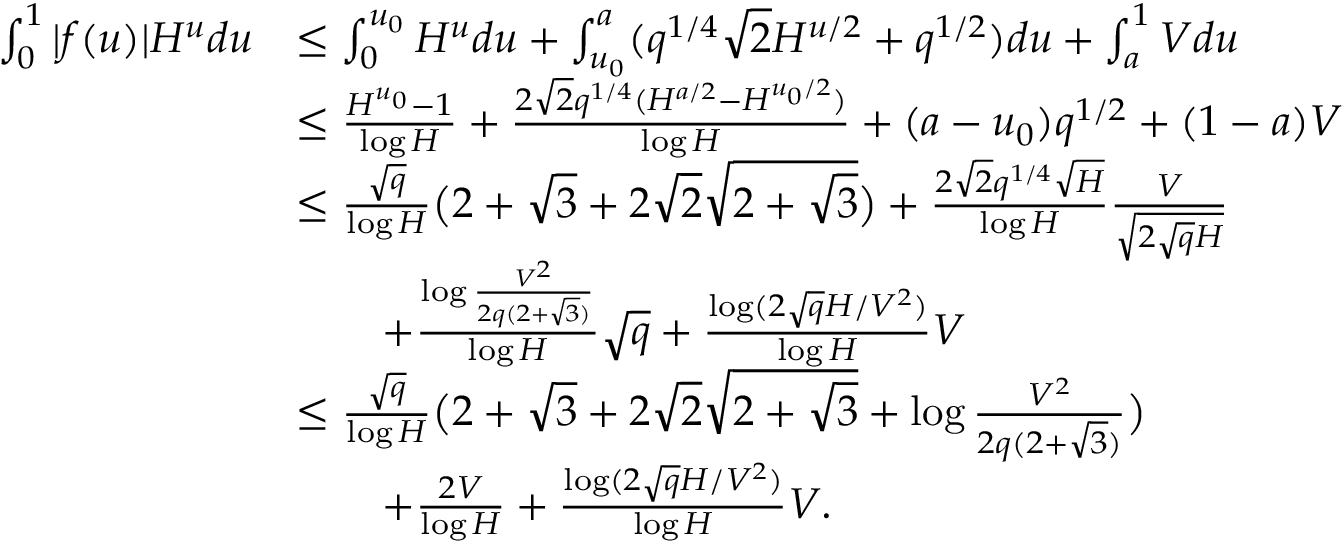
\begin{array} { r l } { \int _ { 0 } ^ { 1 } | f ( u ) | H ^ { u } d u } & { \le \int _ { 0 } ^ { u _ { 0 } } H ^ { u } d u + \int _ { u _ { 0 } } ^ { a } ( q ^ { 1 / 4 } \sqrt { 2 } H ^ { u / 2 } + q ^ { 1 / 2 } ) d u + \int _ { a } ^ { 1 } V d u } \\ & { \le \frac { H ^ { u _ { 0 } } - 1 } { \log H } + \frac { 2 \sqrt { 2 } q ^ { 1 / 4 } ( H ^ { a / 2 } - H ^ { u _ { 0 } / 2 } ) } { \log H } + ( a - u _ { 0 } ) q ^ { 1 / 2 } + ( 1 - a ) V } \\ & { \le \frac { \sqrt { q } } { \log H } \bigl ( 2 + \sqrt { 3 } + 2 \sqrt { 2 } \sqrt { 2 + \sqrt { 3 } } \bigr ) + \frac { 2 \sqrt { 2 } q ^ { 1 / 4 } \sqrt { H } } { \log H } \frac { V } { \sqrt { 2 \sqrt { q } H } } } \\ & { \qquad + \frac { \log \frac { V ^ { 2 } } { 2 q ( 2 + \sqrt { 3 } ) } } { \log H } \sqrt { q } + \frac { \log ( 2 \sqrt { q } H / V ^ { 2 } ) } { \log H } V } \\ & { \le \frac { \sqrt { q } } { \log H } \bigl ( 2 + \sqrt { 3 } + 2 \sqrt { 2 } \sqrt { 2 + \sqrt { 3 } } + \log \frac { V ^ { 2 } } { 2 q ( 2 + \sqrt { 3 } ) } \bigr ) } \\ & { \qquad + \frac { 2 V } { \log H } + \frac { \log ( 2 \sqrt { q } H / V ^ { 2 } ) } { \log H } V . } \end{array}